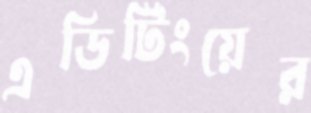
এডিটিংয়ের